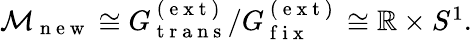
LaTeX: \begin{array}{r}{\mathcal{M}_{\mathrm{~n~e~w~}}\cong G_{\mathrm{~t~r~a~n~s~}}^{\mathrm{~(~e~x~t~)~}}/G_{\mathrm{~f~i~x~}}^{\mathrm{~(~e~x~t~)~}}\cong\mathbb{R}\times S^{1}.}\end{array}